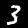
Label: 3